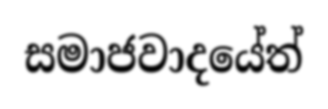
සමාජවාදයේත්